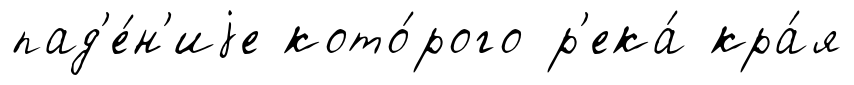
пад'е́н'иjе кото́рого р'ека́ кра́я